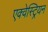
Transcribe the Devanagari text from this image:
एक्वेस्ट्रियन